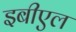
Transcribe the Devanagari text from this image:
इबीएल